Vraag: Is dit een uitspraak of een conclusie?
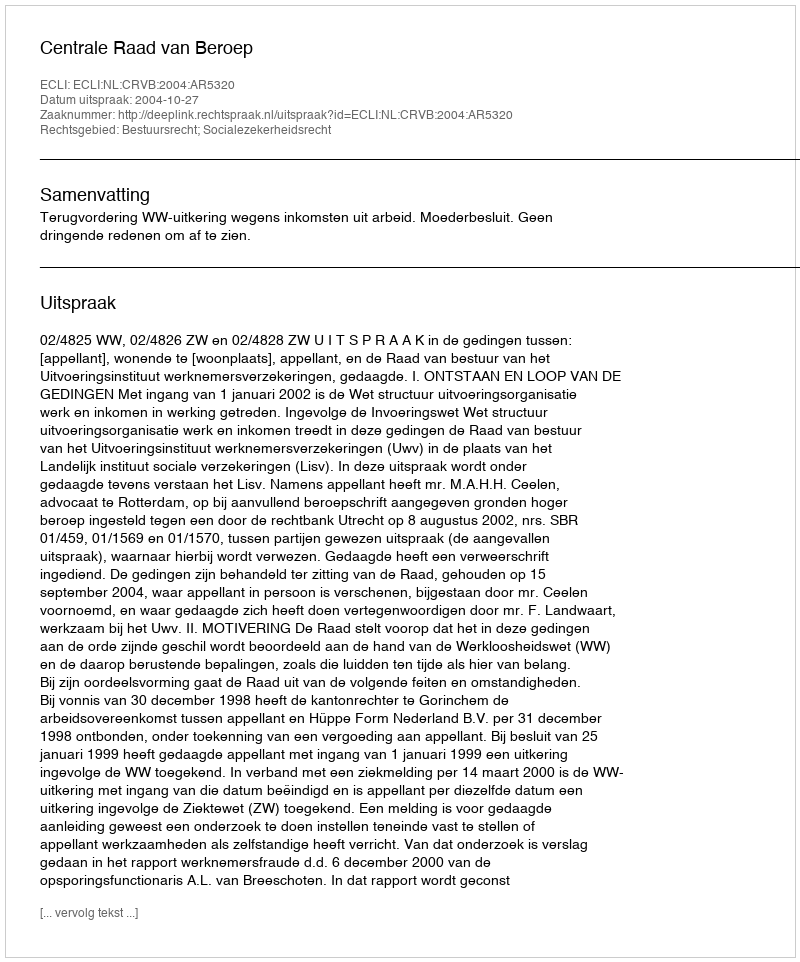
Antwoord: Uitspraak